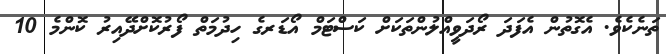
ތަނެކެވެ. އެގޮތުން އެފަދަ ރޯދަވީއްލުންތަކަށް ކަސްޓަމް އޯޑަރގެ ހިދުމަތް ފޯރުކޮށްދޭއިރު ކޮންމެ 10